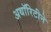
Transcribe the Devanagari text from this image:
अथॉरिटीने